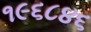
૧૯૬૮૪૬